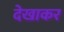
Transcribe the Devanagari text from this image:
देखाकर